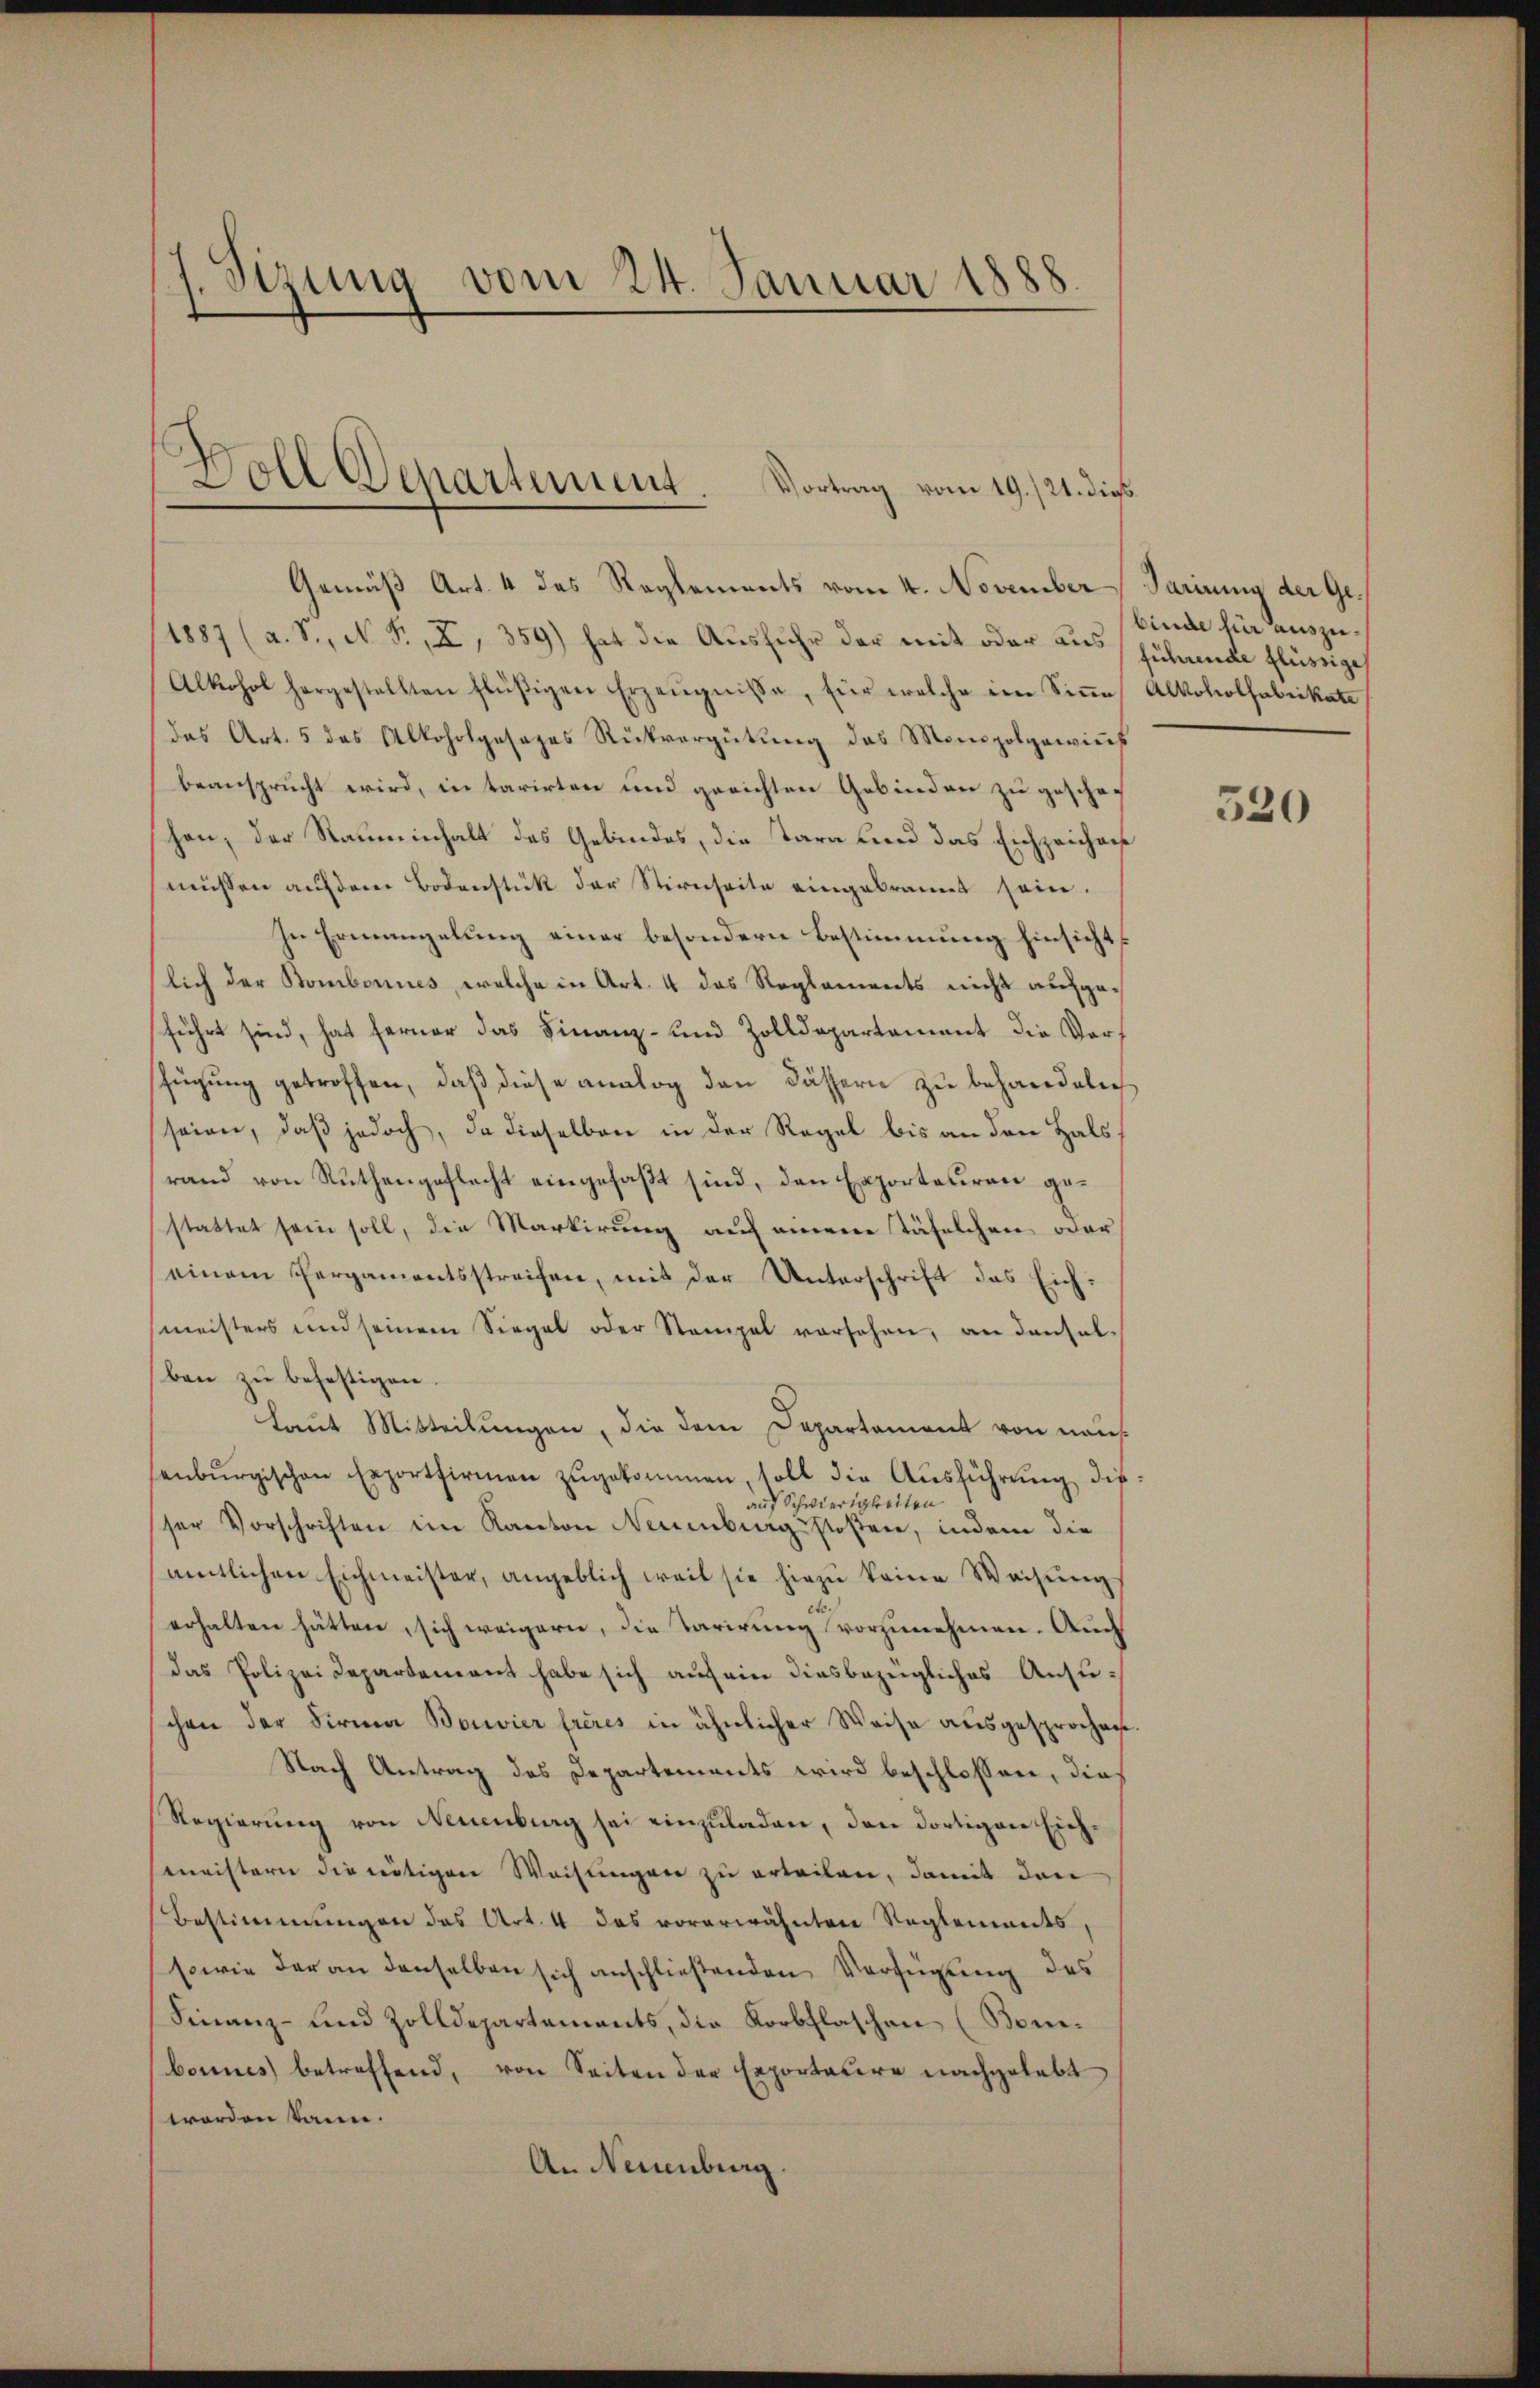
Sirung vom 24. Januar 1888.

Woll Departement. Vortrag vom 19. 121. dies

Gemäß Art. 4 des Reglements vom 4. November Parirung der Ge¬
1887 (a. S., N. F., X, 359) hat die Ausfuhr der mit oder ausführende flüssige
Alkohol hergestellten flüßigen Erzeŭgnisse, für welche im Siṅe Alkoholfabrikate
das Art. 5 das Alkoholgesages Rückvergütŭng des Monopolgewies
beansprucht wird, in tarirten und gerichten Gebinden zu geschehen; der Rauminhalt des Gebindes, die Tara und das Eichzeichniß
müssen auf dem Bodenstück der Stirnseite eingebrannt sein.
In Ermangelung einer besondern Bestimmung hinsicht
lich der Bonbonnes, welche in Art. 4 das Reglements nicht aufgeführt sind, hat ferner das Finanz- und Zolldepartement die Verfügung getroffen, daß diese analog den Fässern zu behandeln
seien, daß jedoch, da dieselben in der Regel bis an den Hals
rand von Ruthengeflacht eingefaßt sind, den Exporteuren gestattet sein soll, die Markierung auf einem täselchen oder
einem Pergamentsstreifen, mit der Unterschrift das Eichmeisters und seinem Siegel oder Stempel vorsehen, an dansal-
ben zŭ beheftigen.
Laut Mitteilungen, die dem Departament von naus
enbŭrgischen Exportfirmen zŭgekommen, soll die Ausführung dieauf Schwierigkeiten
sser Vorschriften im Kanton Neuenburgstoßen, indem die
amtlichen Eichmeister, angeblich weil sie hiezŭ keine Weisŭng
.
erhalten hätten, sich weigern, die Tarirung vorzunehmen. Auch
Das Polizei Departement habe sich auf ein diesbezügliches Ansuchen der Firma Bouvier frères in ähnlicher Weise ausgesprochen
Nach Antrag des Departements wird beschlossen, dies
Regierŭng von Neuenburg sei einzuladen, den dortigen Eichmeistern die nötigen Weisŭngen zu erteilen, damit den
Bestimmungen das Art. 4 das vorerwähntere Reglemandes,
sowie der an denselben sich anschließenden Verfügung des
Finanz- und Zolldepartements, die Korbflaschen (Bombonnes betreffend, von Seiten der Exportauere nachgelebt
worden kann.
An Neuenburg

binde für auszu¬

520